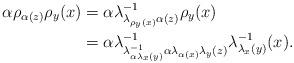
LaTeX: \begin{align*}\alpha\rho_{\alpha(z)}\rho_{y}(x) & =\alpha\lambda_{\lambda_{\rho_{y}(x)}\alpha(z)}^{-1}\rho_{y}(x) \\ & =\alpha\lambda_{\lambda_{\alpha\lambda_{x}(y)}^{-1}\alpha\lambda_{\alpha(x)}\lambda_{y}(z)}^{-1}\lambda_{\lambda_{x}(y)}^{-1}(x).\end{align*}